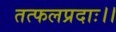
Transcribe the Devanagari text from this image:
तत्फलप्रदाः।।